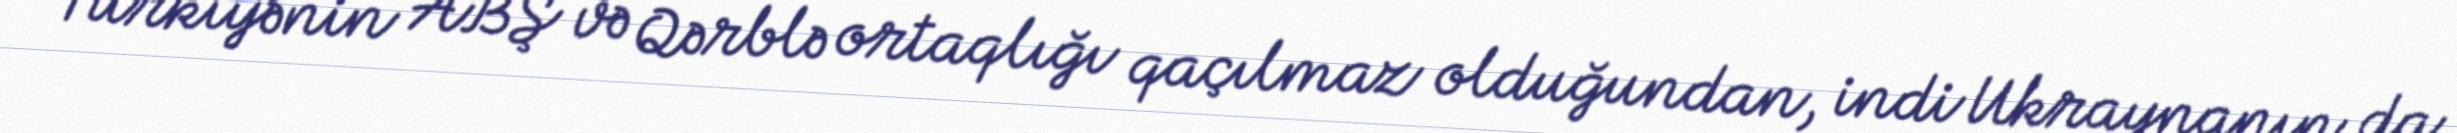
Türkiyənin ABŞ və Qərblə ortaqlığı qaçılmaz olduğundan, indi Ukraynanın da